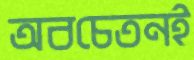
অবচেতনই